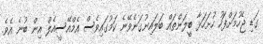
ގަޑި ޖެހުމަށްފަހު ހުށަހަޅާ ބީލަންތައް ބަލައިނުގަނެވޭނެ ކަމުގައިވެސް އެމްއޭސީއެލް އިން ބުނެ އެވެ.